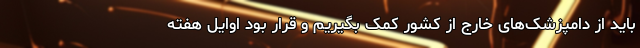
باید از دامپزشک‌های خارج از کشور کمک بگیریم و قرار بود اوایل هفته